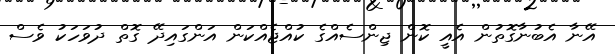
އޭނާ އެބުނާގޮތުން އެއީ ކޮން ޖިންސެއްގެ ކުއްޖެއްކަން އަންގައިދޭ ގޮތް ދުވަހަކު ވެސް